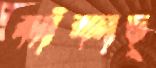
ঝাঁকাচ্